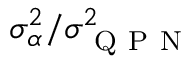
\sigma _ { \alpha } ^ { 2 } / \sigma _ { \mathrm { ~ Q ~ P ~ N ~ } } ^ { 2 }